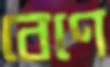
বেণে